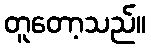
တူတော့သည်။